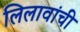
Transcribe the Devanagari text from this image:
लिलावांची